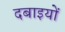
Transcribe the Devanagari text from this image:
दबाइयों